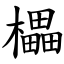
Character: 櫑